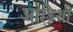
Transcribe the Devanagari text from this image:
ओड़िशी